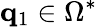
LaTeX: \mathbf{q}_{1}\in\Omega^{*}